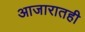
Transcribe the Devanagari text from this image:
आजारातही